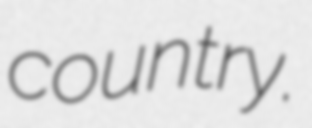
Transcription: country.